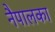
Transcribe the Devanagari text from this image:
नैपालका